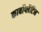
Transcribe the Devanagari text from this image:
कार्बोप्लैटिन